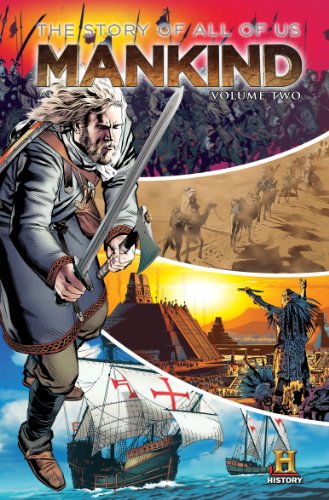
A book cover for MANKIND: The Story of All of Us Volume 2; Kevin Baker; Teen & Young Adult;